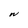
Character: N